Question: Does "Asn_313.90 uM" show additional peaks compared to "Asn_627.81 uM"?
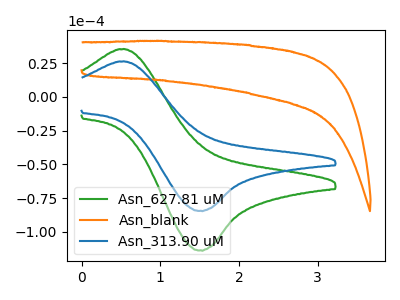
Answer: <think>The green curve "Asn_627.81 uM" has an anodic peak at (0.50V, 35.40uA) and a cathodic peak at (1.50V, -113.50uA). The orange curve "Asn_blank" has no peaks. The blue curve "Asn_313.90 uM" has an anodic peak at (0.50V, 26.30uA) and a cathodic peak at (1.50V, -84.30uA).
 All the peaks in "Asn_313.90 uM" have a peak in "Asn_627.81 uM" at the same potential. Every peak in "Asn_313.90 uM" is lower than every peak in "Asn_627.81 uM".</think>
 <answer>No, "Asn_313.90 uM" and "Asn_627.81 uM" don't appear to be significantly different in shape</answer>
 <eval>no_change</eval>